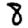
Digit: 8